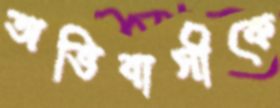
অভিবাসীকে